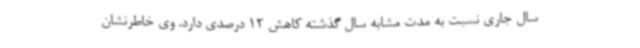
سال جاری نسبت به مدت مشابه سال گذشته کاهش 12 درصدی دارد. وی خاطرنشان